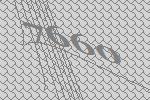
7660